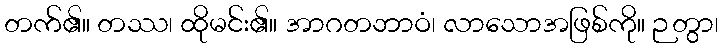
တက်၏။ တဿ၊ ထိုမင်း၏။ အာဂတဘာဝံ၊ လာသောအဖြစ်ကို။ ဉတွာ၊